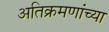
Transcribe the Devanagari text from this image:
अतिक्रमणांच्या